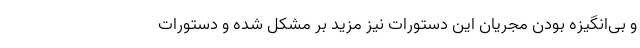
و بی‌انگیزه بودن مجریان این دستورات نیز مزید بر مشکل شده و دستورات